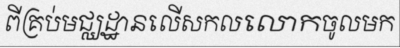
ពីគ្រប់មជ្ឈដ្ឋានលើសកលលោកចូលមក